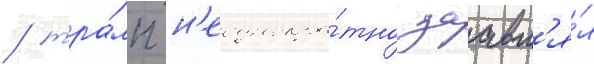
/ тра́мп н'еоднокра́тно заавл'я́л